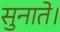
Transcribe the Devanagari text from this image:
सुनाते।